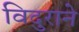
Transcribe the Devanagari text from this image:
विदुराने